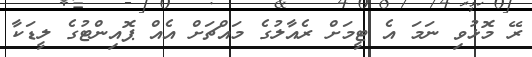
ރޭ މޮޅުވި ނަމަ އެ ޓީމަށް ރެއާލުގެ މައްޗަށް އެއް ޕޮއިންޓުގެ ލީޑަކާ